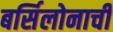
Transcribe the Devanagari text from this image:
बर्सिलोनाची